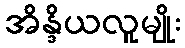
အိန္ဒိယလူမျိုး